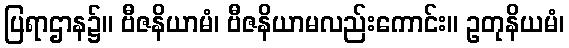
ပြရာဌာန၌။ ဗီဇနိယာမံ၊ ဗီဇနိယာမလည်းကောင်း။ ဥတုနိယမံ၊